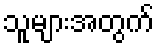
သူများအတွက်